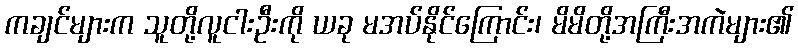
ကချင်များက သူတို့လူငါးဦးကို ယခု မအပ်နိုင်ကြောင်း၊ မိမိတို့အကြီးအကဲများ၏